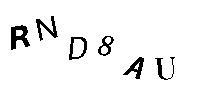
RND8AU